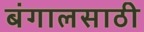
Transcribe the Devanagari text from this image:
बंगालसाठी